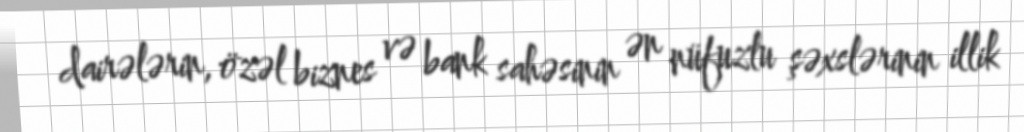
dairələrin, özəl biznes və bank sahəsinin ən nüfuzlu şəxslərinin illik